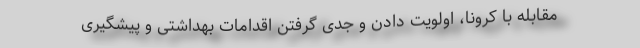
مقابله با کرونا، اولویت دادن و جدی گرفتن اقدامات بهداشتی و پیشگیری